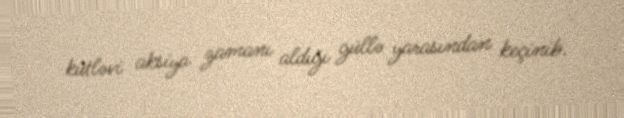
kütləvi aksiya zamanı aldığı güllə yarasından keçinib.